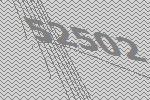
52502